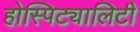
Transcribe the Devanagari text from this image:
होस्पिट्यालिटी